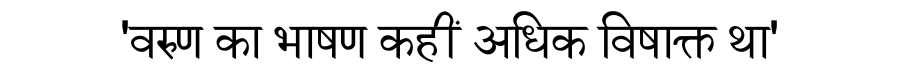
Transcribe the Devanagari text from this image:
'वरुण का भाषण कहीं अधिक विषाक्त था'